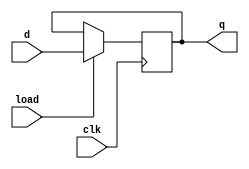
module d_flip_flop (
  input wire d,
  input wire clk,
  input wire load,
  output reg q
);

always @(posedge clk) begin
  if (load) begin
    q <= d;
  end
end

endmodule